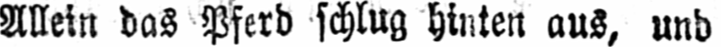
Allein das Pferd schlug hinten aus, und